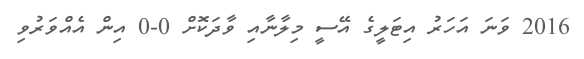
2016 ވަނަ އަހަރު އިޓަލީގެ އޭސީ މިލާނާއި ވާދަކޮށް 0-0 އިން އެއްވަރުވި